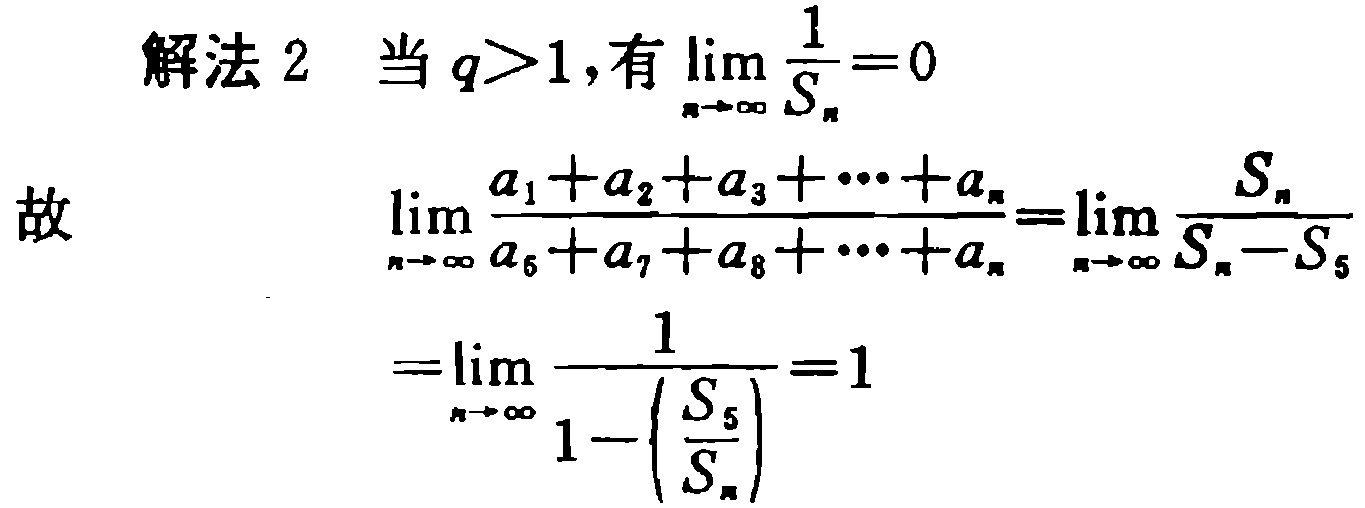
解法 2 当 \(q>1\),有 \(\lim_{n \to \infty} \frac{1}{S_{n}} = 0\)
故
\[\begin{align*}
&\lim_{n \to \infty} \frac{a_{1}+a_{2}+a_{3}+\cdots +a_{n}}{a_{6}+a_{7}+a_{8}+\cdots +a_{n}}=\lim_{n \to \infty} \frac{S_{n}}{S_{n}-S_{5}}\\
=&\lim_{n \to \infty} \frac{1}{1 - \left(\frac{S_{5}}{S_{n}}\right)} = 1
\end{align*}\]